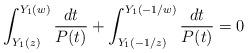
LaTeX: \begin{align*}\int^{Y_1(w)}_{Y_1(z)}\frac{dt}{P(t)}+\int^{Y_1(-1/w)}_{Y_1(-1/z)}\frac{dt}{P(t)}=0\end{align*}